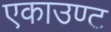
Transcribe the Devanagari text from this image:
एकाउण्ट